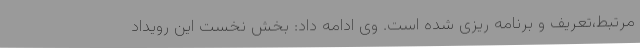
مرتبط،تعریف و برنامه ریزی شده است. وی ادامه داد: بخش نخست این رویداد